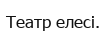
Театр елесі.